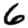
Digit: 6